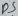
Text: D5